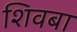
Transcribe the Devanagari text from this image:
शिवबा